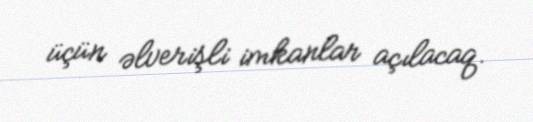
üçün əlverişli imkanlar açılacaq.